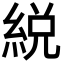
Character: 綐